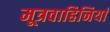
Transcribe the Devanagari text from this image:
मूत्रवाहिनियां